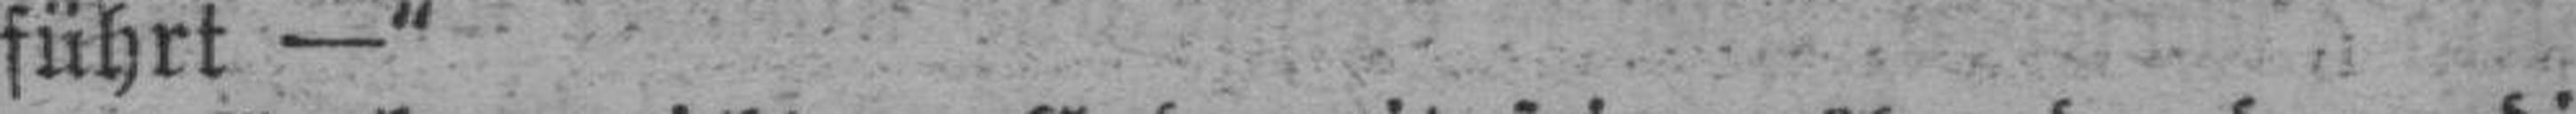
führt —“